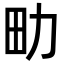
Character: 㽖